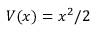
V ( x ) = x ^ { 2 } / 2